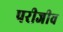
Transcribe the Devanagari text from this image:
परीजीव